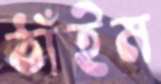
ঠাঁইম